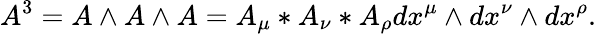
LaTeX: A^{3}=A\wedge A\wedge A=A_{\mu}*A_{\nu}*A_{\rho}dx^{\mu}\wedge dx^{\nu}\wedge dx^{\rho}.